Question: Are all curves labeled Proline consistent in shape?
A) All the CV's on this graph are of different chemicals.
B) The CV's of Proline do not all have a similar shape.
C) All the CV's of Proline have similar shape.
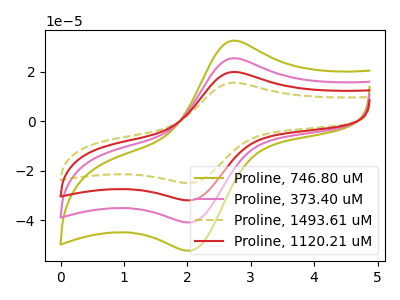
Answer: <think>The olive curve "Proline, 746.80 uM" has an anodic peak at (2.75V, 32.60uA) and a cathodic peak at (2.05V, -52.45uA). The pink curve "Proline, 373.40 uM" has an anodic peak at (2.75V, 25.45uA) and a cathodic peak at (2.05V, -41.00uA). The olive dashed curve "Proline, 1493.61 uM" has an anodic peak at (2.75V, 76.40uA) and a cathodic peak at (2.05V, -122.95uA). The red curve "Proline, 1120.21 uM" has an anodic peak at (2.75V, 50.95uA) and a cathodic peak at (2.05V, -82.00uA).
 All the peaks in "Proline, 746.80 uM" have a peak in "Proline, 373.40 uM" at the same potential. Every peak in "Proline, 746.80 uM" is higher than every peak in "Proline, 373.40 uM". All the peaks in "Proline, 746.80 uM" have a peak in "Proline, 1493.61 uM" at the same potential. Every peak in "Proline, 746.80 uM" is lower than every peak in "Proline, 1493.61 uM". All the peaks in "Proline, 746.80 uM" have a peak in "Proline, 1120.21 uM" at the same potential. Every peak in "Proline, 746.80 uM" is lower than every peak in "Proline, 1120.21 uM". All the peaks in "Proline, 373.40 uM" have a peak in "Proline, 1493.61 uM" at the same potential. Every peak in "Proline, 373.40 uM" is lower than every peak in "Proline, 1493.61 uM". All the peaks in "Proline, 373.40 uM" have a peak in "Proline, 1120.21 uM" at the same potential. Every peak in "Proline, 373.40 uM" is lower than every peak in "Proline, 1120.21 uM". All the peaks in "Proline, 1493.61 uM" have a peak in "Proline, 1120.21 uM" at the same potential. Every peak in "Proline, 1493.61 uM" is higher than every peak in "Proline, 1120.21 uM".</think>
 <answer>C) All the CV's of "Proline" have similar shape.</answer>
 <eval>C</eval>